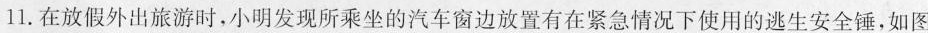
11.在放假外出旅游时，小明发现所乘坐的汽车窗边放置有在紧急情况下使用的逃生安全锤，如图